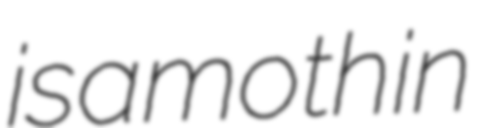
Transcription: is a moth in